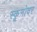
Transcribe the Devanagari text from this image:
स्कूनोवर